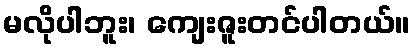
မလိုပါဘူး၊ ကျေးဇူးတင်ပါတယ်။